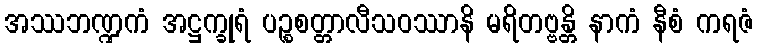
အဿဘဏ္ဍကံ အဋ္ဌက္ခုရံ ပဉ္စစတ္တာလီသဝဿာနိ မရိတဗ္ဗန္တိ နာကံ နီစံ ကရဇံ